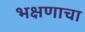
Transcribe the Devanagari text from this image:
भक्षणाचा